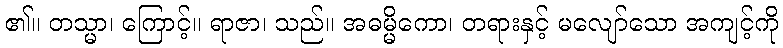
၏။ တသ္မာ၊ ကြောင့်။ ရာဇာ၊ သည်။ အဓမ္မိကော၊ တရားနှင့် မလျော်သော အကျင့်ကို